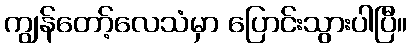
ကျွန်တော့်လေသံမှာ ပြောင်းသွားပါပြီ။